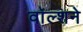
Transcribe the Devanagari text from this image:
वॉल्शने